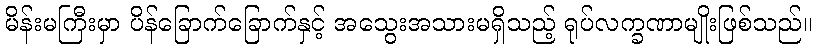
မိန်းမကြီးမှာ ပိန်ခြောက်ခြောက်နှင့် အသွေးအသားမရှိသည့် ရုပ်လက္ခဏာမျိုးဖြစ်သည်။